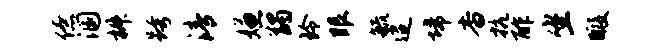
僚溷椒跨清嫌蠲玲眼毓迢埽杳抗酢坐暇